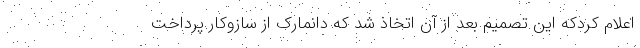
اعلام کردکه این تصمیم بعد از آن اتخاذ شد که دانمارک از سازوکار پرداخت